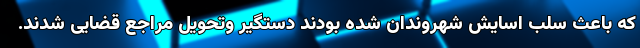
که باعث سلب اسایش شهروندان شده بودند دستگیر وتحویل مراجع قضایی شدند.